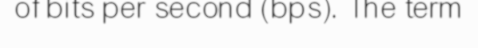
of bits per second (bps). The term